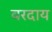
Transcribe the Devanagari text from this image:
वरदाय